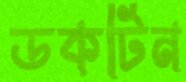
ডকটিন